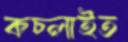
কচ্‌লাইত